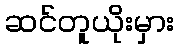
ဆင်တူယိုးမှား